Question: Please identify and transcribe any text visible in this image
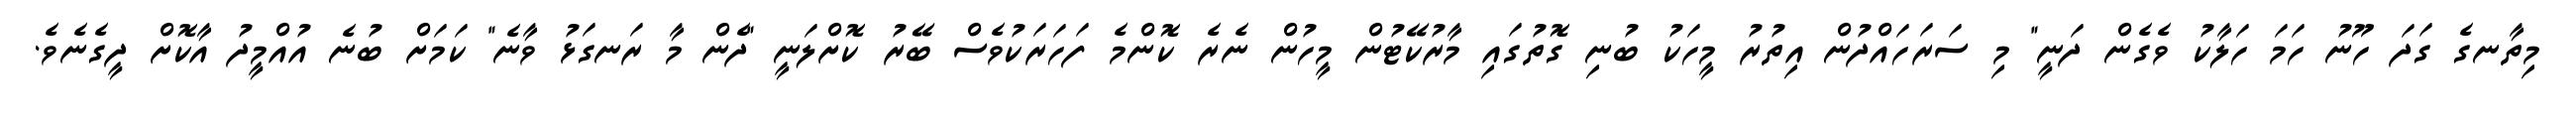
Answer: މިތާނގެ ގަދަ ހޫނު ހަމަ ހަލާކު ވެގެން ދަނީ" މި ސަރަހައްދުން އިތުރު މީހަކު ބުނި ގޮތުގައި މާރުކޭޓުން މީހުން ނެރެ ކޮންމެ ފަހަރަކުވެސް ބޭރު ކޮށްލަނީ "ދެން މާ ރަނގަޅު ވާނެ" ކަމަށް ބުނެ އުއްމީދު އާކޮށް ދީގެނެވެ.